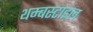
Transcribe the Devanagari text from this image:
थम्बस्टाइल